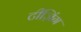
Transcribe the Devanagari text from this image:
टीज़िंग